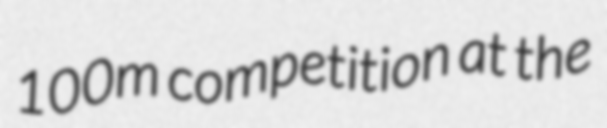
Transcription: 100m competition at the